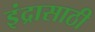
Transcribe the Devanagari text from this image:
इंद्रासाठी